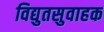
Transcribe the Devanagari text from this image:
विद्युतसुवाहक